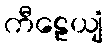
ကီဠေယျံ